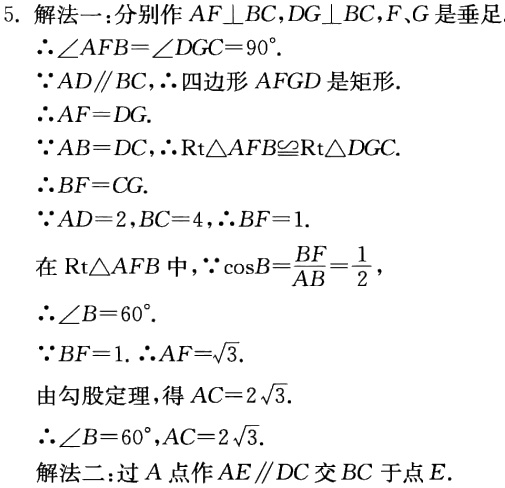
5. 解法一：分别作 \(AF\perp BC,DG\perp BC,F、G\) 是垂足

\(\therefore\angle AFB = \angle DGC=90^{\circ}\).

\(\because AD\parallel BC,\therefore\) 四边形 \(AFGD\) 是矩形.

\(\therefore AF = DG\).

\(\because AB = DC,\therefore\text{Rt}\triangle AFB\cong\text{Rt}\triangle DGC\).

\(\therefore BF = CG\).

\(\because AD = 2,BC = 4,\therefore BF = 1\).

在 \(\text{Rt}\triangle AFB\) 中，\(\because\cos B=\frac{BF}{AB}=\frac{1}{2}\)，

\(\therefore\angle B = 60^{\circ}\).

\(\because BF = 1.\ \therefore AF=\sqrt{3}\).

由勾股定理，得 \(AC = 2\sqrt{3}\).

\(\therefore\angle B = 60^{\circ},AC = 2\sqrt{3}\).

解法二：过 \(A\) 点作 \(AE\parallel DC\) 交 \(BC\) 于点 \(E\).